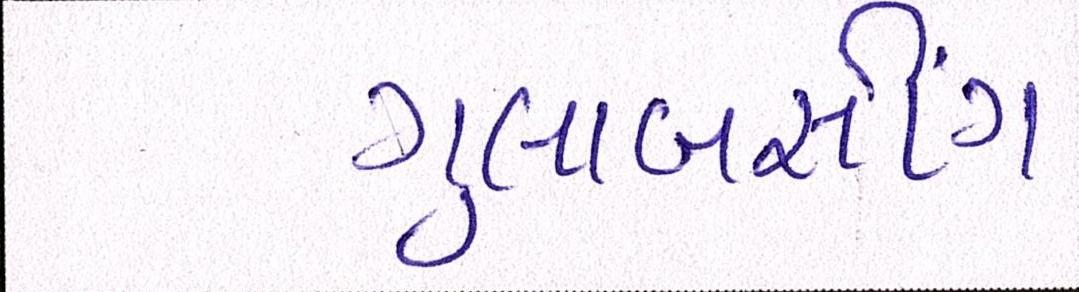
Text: ગુલાબસીંગ